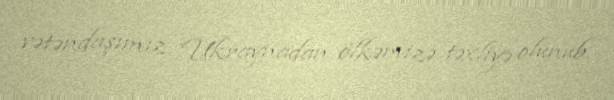
vətəndaşımız Ukraynadan ölkəmizə təxliyə olunub.